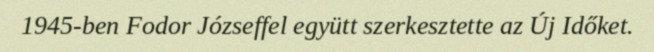
1945-ben Fodor Józseffel együtt szerkesztette az Új Időket.